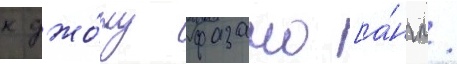
к джо́ну фазано [а́нгл.